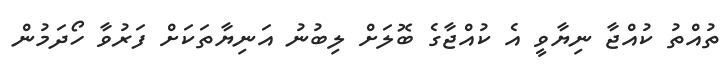
ތުއްތު ކުއްޖާ ނިޔާވީ އެ ކުއްޖާގެ ބޮލަށް ލިބުނު އަނިޔާތަކަށް ފަރުވާ ހޯދަމުން